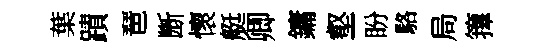
葉蹟琶㫁懷艇卿鏞壑盼駱局籜